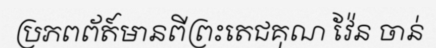
ប្រភពព័ត៍មានពីព្រះតេជគុណ វ៉ែន ចាន់